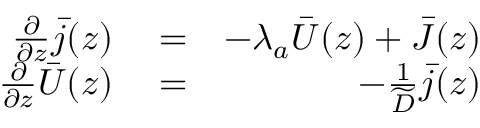
\begin{array} { r l r } { \frac { \partial } { \partial z } \bar { j } ( z ) } & { { } = } & { - \lambda _ { a } \bar { U } ( z ) + \bar { \cal J } ( z ) } \\ { \frac { \partial } { \partial z } \bar { U } ( z ) } & { { } = } & { - \frac { 1 } { \widetilde D } \bar { j } ( z ) } \end{array}